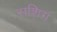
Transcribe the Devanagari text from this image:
राशिग